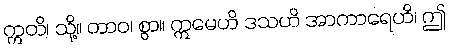
ဣတိ၊ သို့။ တာဝ၊ စွာ။ ဣမေဟိ ဒသဟိ အာကာရေဟိ၊ ဤ